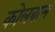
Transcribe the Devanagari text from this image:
कोलबाल